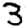
Digit: 3